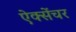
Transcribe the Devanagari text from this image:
ऐक्सेंचर